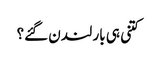
کتنی ہی بار لندن گئے؟